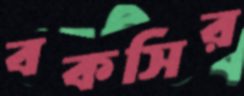
বকসির